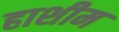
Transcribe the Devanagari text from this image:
हाशीम